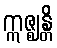
ဣဇ္ဈန္တိ